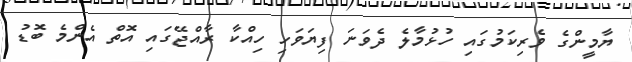
ޔާމީންގެ ވެރިިކަމުގައި ހުޅުމާލެ ދެވަނަ ފިޔަވަހި ހިއްކާ ރާއްޖޭގައި އޮތް އެންމެ ބޮޑު